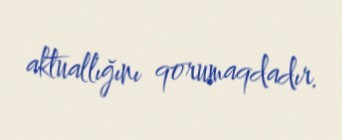
aktuallığını qorumaqdadır.